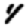
Digit: 4